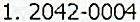
1. 2042-0004